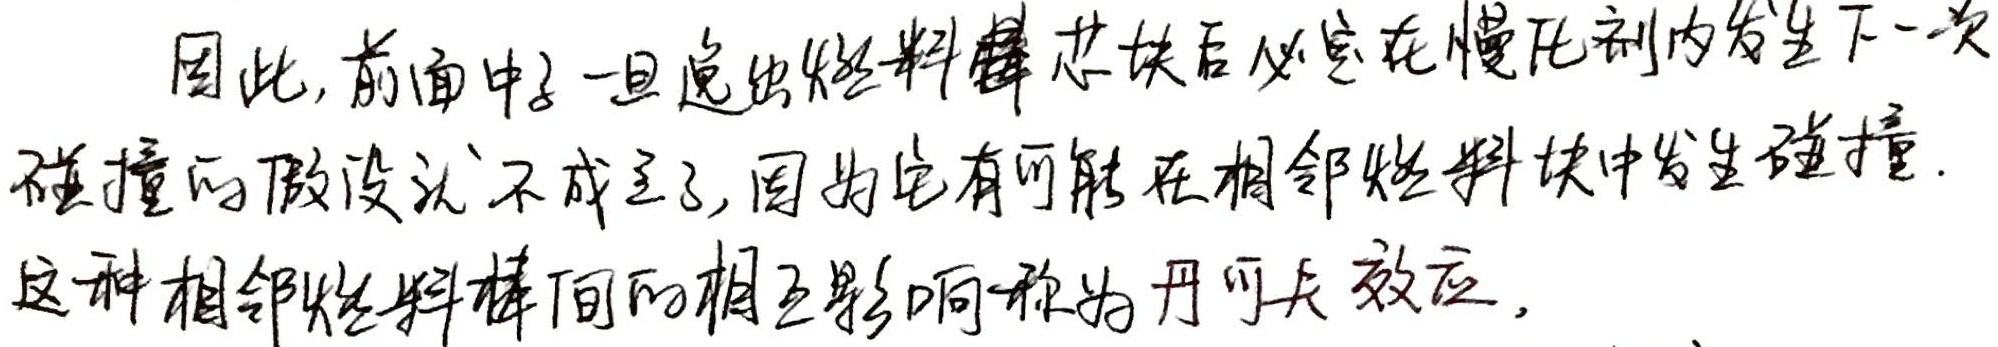
因此, 前面中子一旦逸出燃料棒芯块后必定在慢化剂内发生下一次
碰撞的假设就不成立了, 因为它有可能在相邻燃料块中发生碰撞.
这种相邻燃料棒间的相互影响称为丹可夫效应.